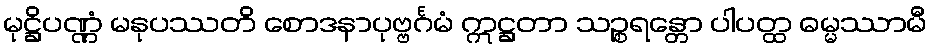
မုဋ္ဌိပဏ္ဏံ မနုပဿတိ စောဒနာပုဗ္ဗင်္ဂမံ ဣဋ္ဌတာ သဉ္စရန္တော ပါပတ္ထ ဓမ္မဿာမီ